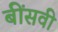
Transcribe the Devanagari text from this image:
बींसवी